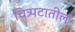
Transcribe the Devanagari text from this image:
चित्र्पटातील